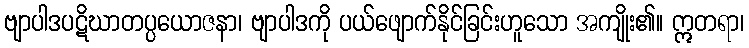
ဗျာပါဒပဋိဃာတပ္ပယောဇနာ၊ ဗျာပါဒကို ပယ်ဖျောက်နိုင်ခြင်းဟူသော အကျိုး၏။ ဣတရာ၊